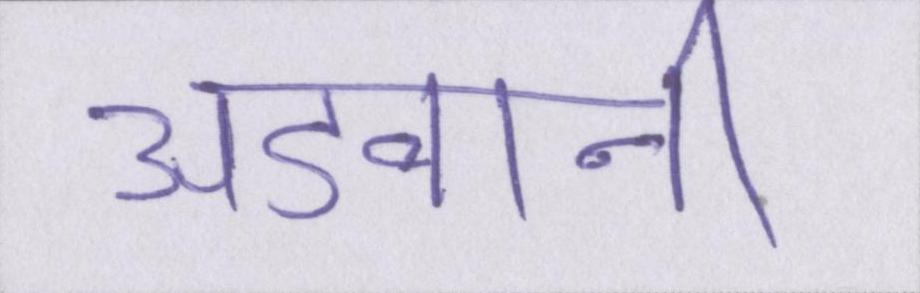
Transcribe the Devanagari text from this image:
अडवानी